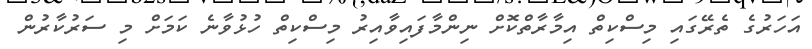
އަހަރުގެ ތެރޭގައި މިސްކިތް އިމާރާތްކޮށް ނިންމާފައިވާއިރު މިސްކިތް ހުޅުވާނެ ކަމަށް މި ސަރުކާރުން